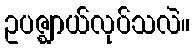
ဥပဇ္ဈာယ်လုပ်သလဲ။